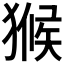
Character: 𤠣